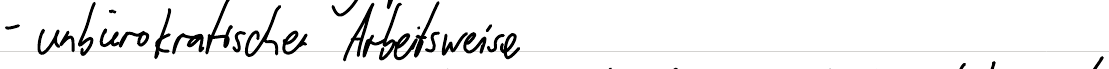
- unbürokratische Arbeitsweise